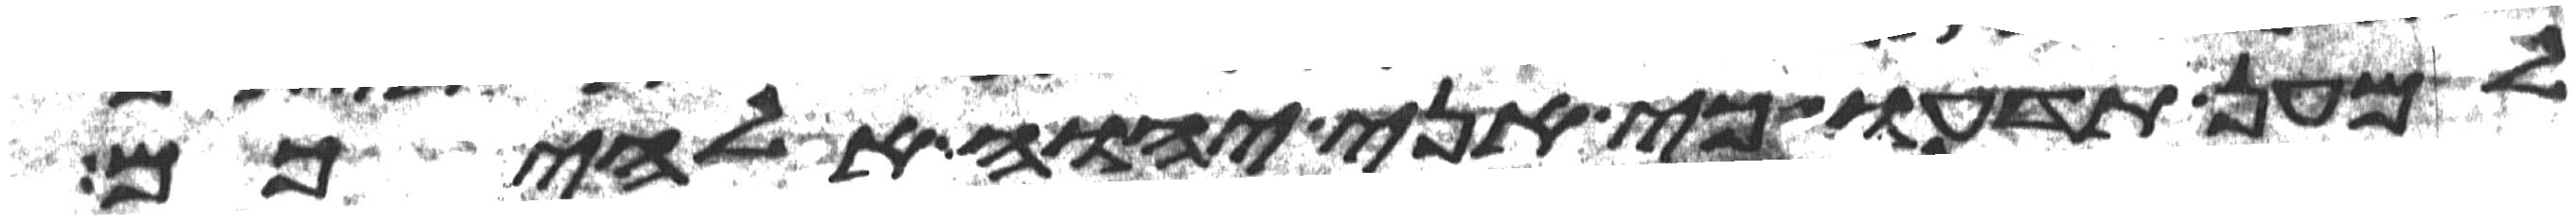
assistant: למען תדעו כי אני יהוה אלהיכם